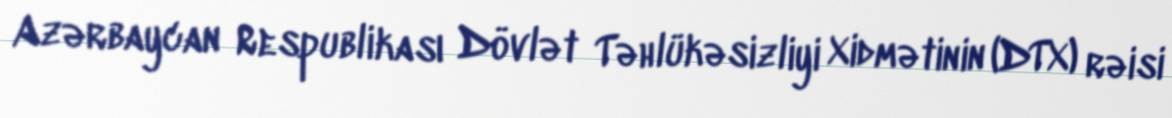
Azərbaycan Respublikası Dövlət Təhlükəsizliyi Xidmətinin (DTX) rəisi